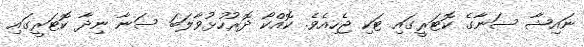
ނައިޝާ ސަނާގެ ކޮޓަރީގައި ޓަކި ޖެހިއެވެ. ކޮއްކޯ ދޮރުހުޅުވާލަބަ ސަނާ ނިދާ ކޮޓަރީގައި